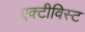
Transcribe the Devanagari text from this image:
एक्टीविस्ट